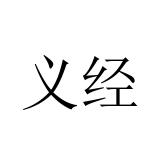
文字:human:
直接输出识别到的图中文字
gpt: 义经